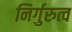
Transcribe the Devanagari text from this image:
निर्गुरुत्व